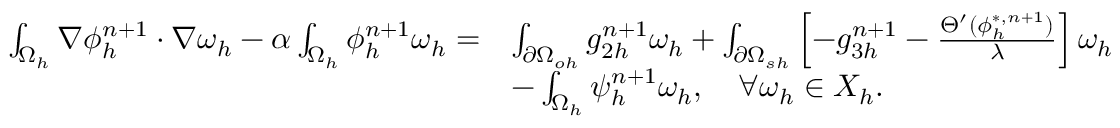
\begin{array} { r l } { \small \int _ { \Omega _ { h } } \nabla \phi _ { h } ^ { n + 1 } \cdot \nabla \omega _ { h } - \alpha \int _ { \Omega _ { h } } \phi _ { h } ^ { n + 1 } \omega _ { h } = } & { \int _ { \partial \Omega _ { o h } } g _ { 2 h } ^ { n + 1 } \omega _ { h } + \int _ { \partial \Omega _ { s h } } \left[ - g _ { 3 h } ^ { n + 1 } - \frac { \Theta ^ { \prime } ( \phi _ { h } ^ { * , n + 1 } ) } { \lambda } \right] \omega _ { h } } \\ & { - \int _ { \Omega _ { h } } \psi _ { h } ^ { n + 1 } \omega _ { h } , \quad \forall \omega _ { h } \in X _ { h } . } \end{array}